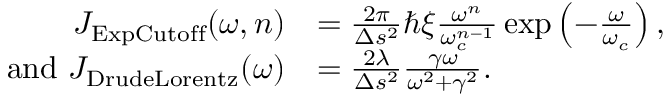
\begin{array} { r l } { J _ { \mathrm { E x p C u t o f f } } ( \omega , n ) } & { = \frac { 2 \pi } { \Delta s ^ { 2 } } \hbar \xi \frac { \omega ^ { n } } { \omega _ { c } ^ { n - 1 } } \exp \left( - \frac { \omega } { \omega _ { c } } \right) , } \\ { \mathrm { a n d ~ } J _ { \mathrm { D r u d e L o r e n t z } } ( \omega ) } & { = \frac { 2 \lambda } { \Delta s ^ { 2 } } \frac { \gamma \omega } { \omega ^ { 2 } + \gamma ^ { 2 } } . } \end{array}